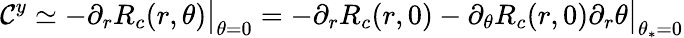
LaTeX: \mathcal{C}^{y}\simeq-\partial_{r}R_{c}(r,\theta)\bigr|_{{\theta=0}}=-\partial_{r}R_{c}(r,0)-\partial_{\theta}R_{c}(r,0)\partial_{r}\theta\bigr|_{{\theta_{*}=0}}